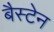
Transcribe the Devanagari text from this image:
बैस्टेन